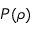
P ( \rho )